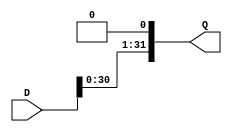
`timescale 1ns / 1ps
//////////////////////////////////////////////////////////////////////////////////
// Company: 
// Engineer: 
// 
// Design Name: 
// Module Name: n_bit_shift_left
// Project Name: 
// Target Devices: 
// Tool Versions: 
// Description: 
// 
// Dependencies: 
// 
// Revision:
// Revision 0.01 - File Created
// Additional Comments:
// 
//////////////////////////////////////////////////////////////////////////////////


//module  n_bit_shift_left #(parameter N = 4)(
//    input clk,
//    input rst,  //reset all to zero asynchronously
//    input load, //when 1 (and shift = 0) all stages load from input
//    input shift, //when 1 shift is enabled (second priority after rst)
//    input [7:0] D,
//    output reg [7:0] Q,
//    input A //input value to be shifted into first stage
//    );
    
//    always @(posedge clk) begin
    
//        if (rst)
//            Q <= 8'b00000000;
            
//        if (shift) begin
//            //shift mechanism
//            Q <= {D[6:0], A};
//        end else begin
//            if(load) begin
//                Q <= D;
//            end
//        end
        
//    end
//endmodule

module  n_bit_shift_left #(parameter N = 32)(
    input [N-1:0] D,
    output [N-1:0] Q
    );
    
    assign Q = {D[N-2: 0], 1'b0};
endmodule